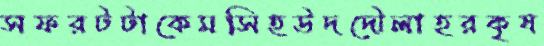
সফরটটাকেমসিহউদদৌলাহরকৃষ